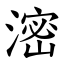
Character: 滵